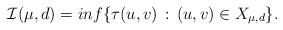
LaTeX: \begin{align*} \mathcal{I}(\mu,d)=inf \{\tau(u,v)\,:\,(u,v)\in X_{\mu,d}\}.\end{align*}